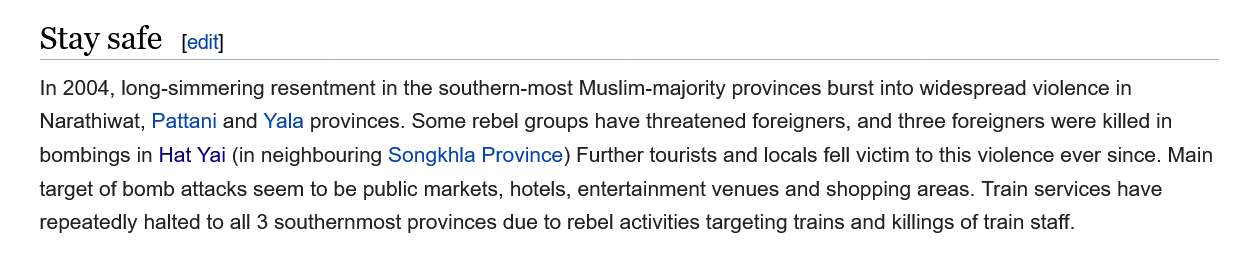
Stay   safe
    In 2004, long-simmering resentment in the southern-most Muslim-majority provinces burst into widespread violence in
    Narathiwat, Pattani and Yala provinces. Some rebel groups have threatened foreigners, and three foreigners were killed in
    bombings in Hat Yai (in neighbouring Songkhla Province) Further tourists and locals fell victim to this violence ever since. Mair
    target of bomb attacks seem to be public markets, hotels, entertainment venues and shopping areas. Train services have
    repeatedly halted to all 3 southernmost provinces due to rebel activities targeting trains and killings of train staff.
     [edit]